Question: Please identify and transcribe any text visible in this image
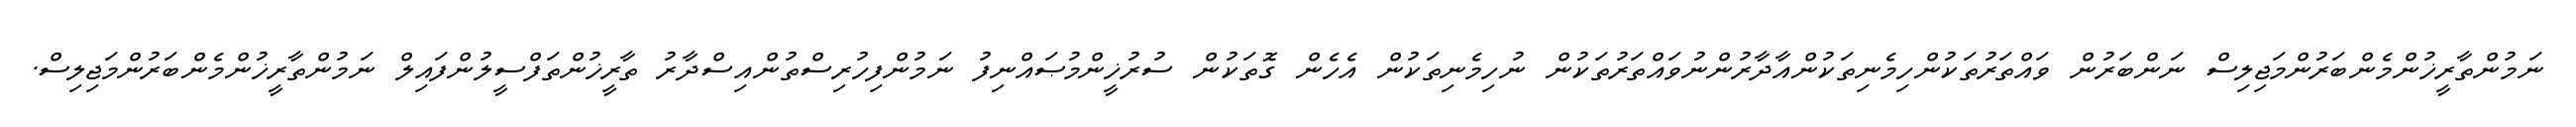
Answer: ނަމުންތާރީޚުންމެންބަރުންމަޖިލިސް ނަންބަރުން ވައްތަރުތަކުންހިމެނިތަކުންއާދާރުންނުވައްތަރުތަކުން ނުހިމެނިތަކުން އެހެން ގޮތަކުން ސުރުޚީންމުޞައްނިފު ނަމުންފިހުރިސްތުންއިސްދާރު ތާރީޚުންތަފްސީލުންފައިލް ނަމުންތާރީޚުންމެންބަރުންމަޖިލިސް.